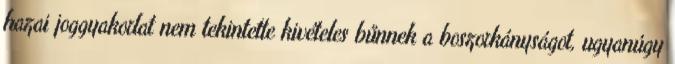
hazai joggyakorlat nem tekintette kivételes bűnnek a boszorkányságot, ugyanúgy